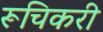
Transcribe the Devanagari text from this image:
रूचिकरी